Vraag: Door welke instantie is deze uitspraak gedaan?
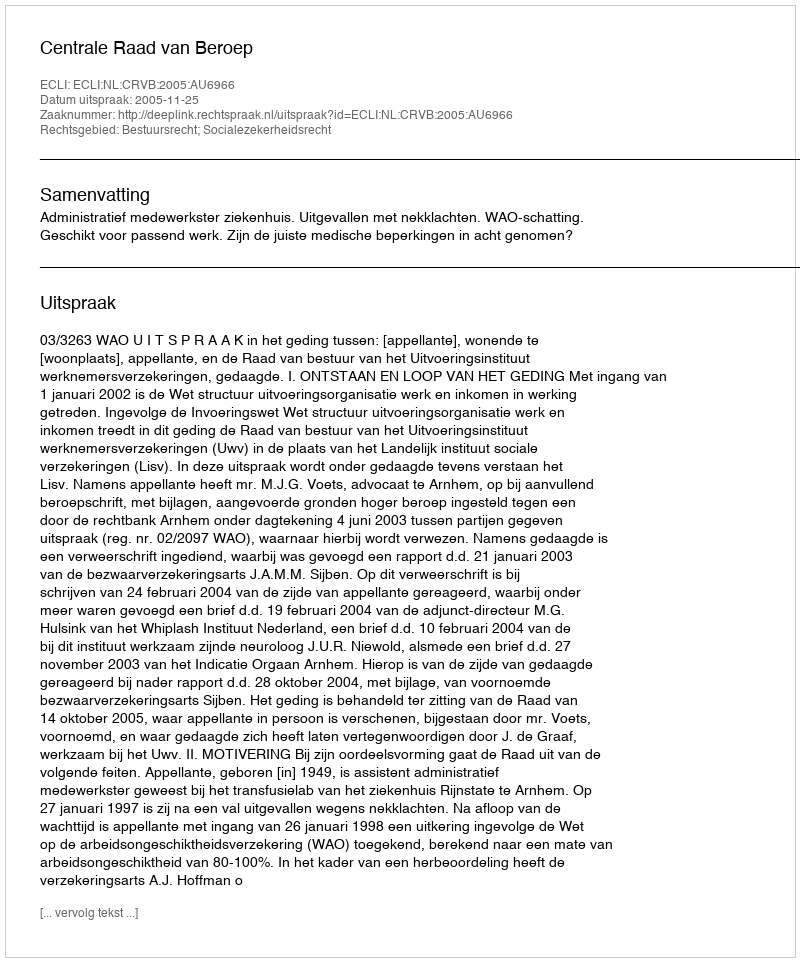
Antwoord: Centrale Raad van Beroep